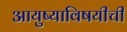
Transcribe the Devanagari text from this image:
आयुष्याविषयीची